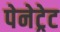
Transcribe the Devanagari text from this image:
पेनेट्रेट